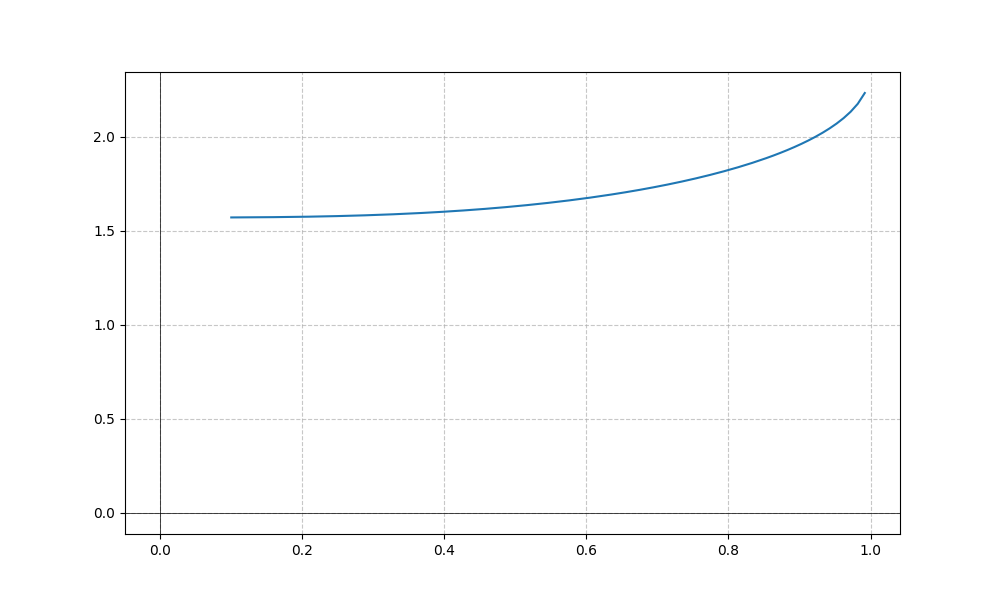
LaTeX formula: \operatorname{acot}{\left(x \right)} + \operatorname{asin}{\left(x \right)}